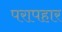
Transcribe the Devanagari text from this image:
परापहार